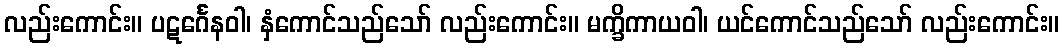
လည်းကောင်း။ ပဋင်္ဂေနဝါ၊ နှံကောင်သည်သော် လည်းကောင်း။ မက္ခိကာယဝါ၊ ယင်ကောင်သည်သော် လည်းကောင်း။